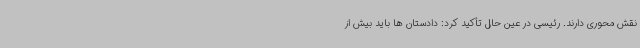
نقش محوری دارند. رئیسی در عین حال تأکید کرد: دادستان ها باید بیش از